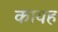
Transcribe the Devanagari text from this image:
कायह